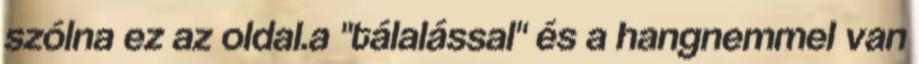
szólna ez az oldal.a "tálalással" és a hangnemmel van